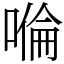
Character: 𠹹